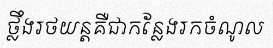
ថ្លឹងរថយន្តគឺជាកន្លែងរកចំណូល